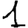
Digit: 1